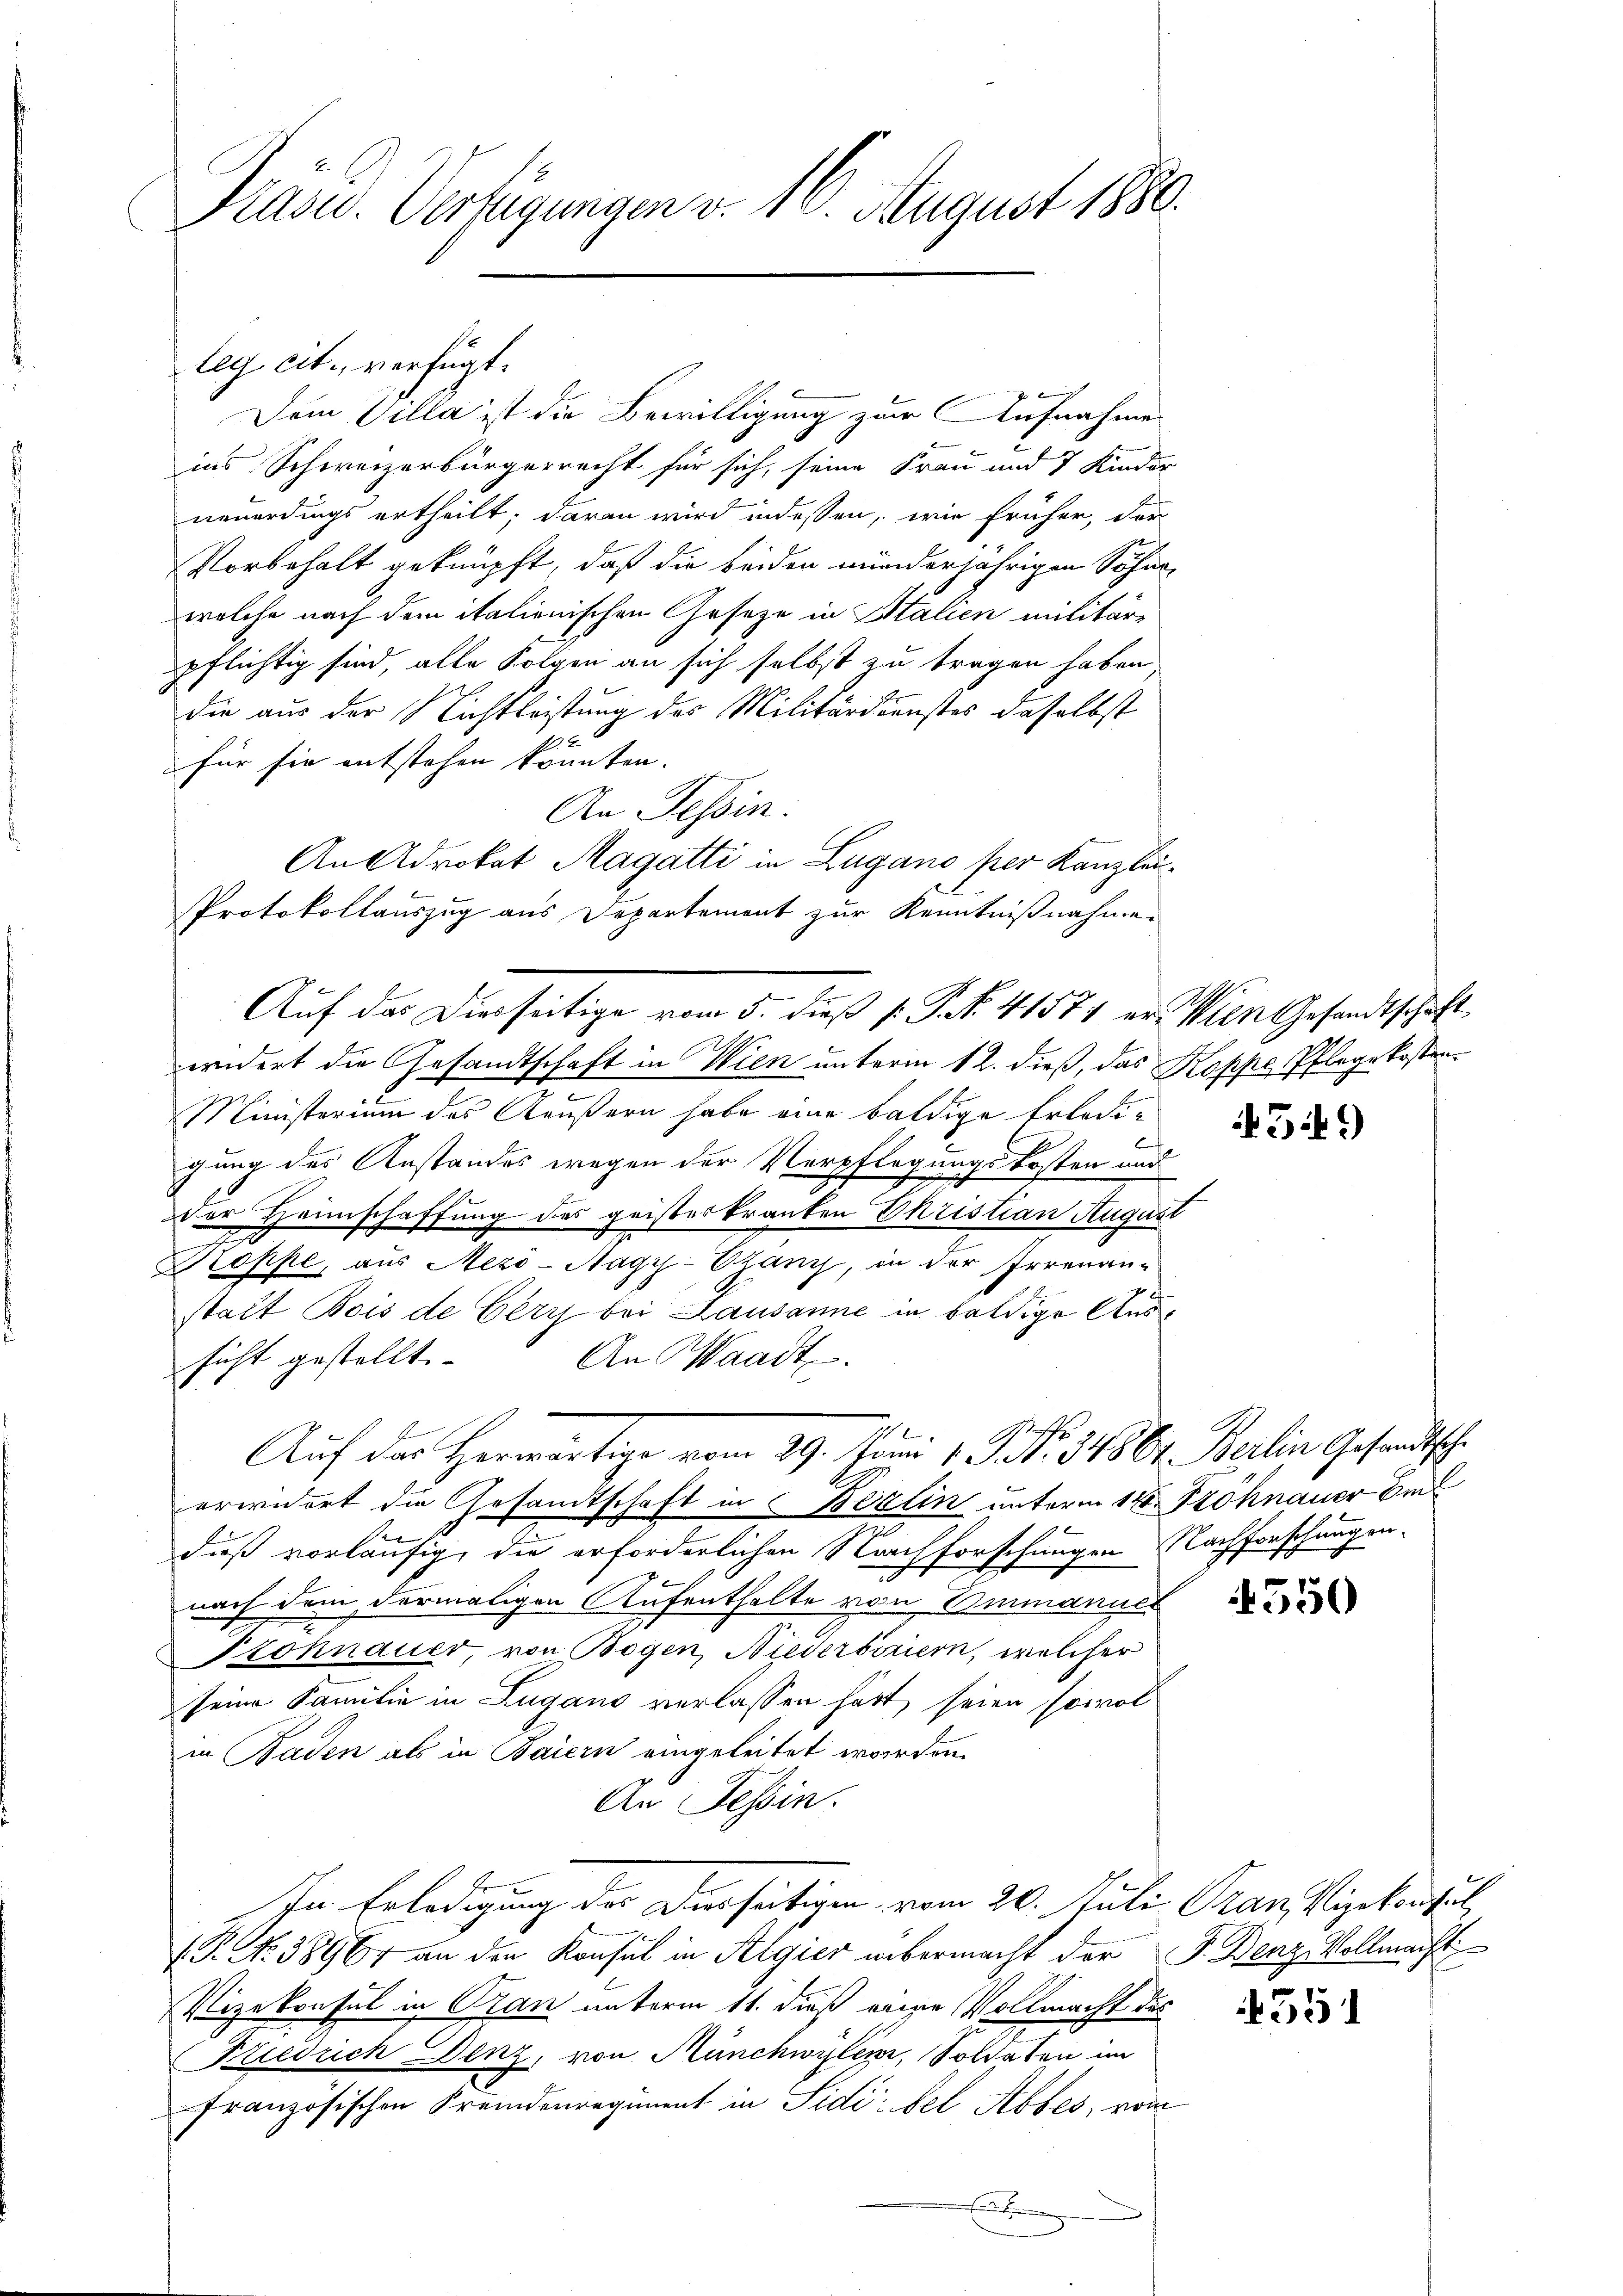
Präsid. Verfügungen v. 16. August 1880.

Dem Villa ist die Bewilligung zur Aufnahmen
ins Schweizerbürgerrecht für sich, seine Frau und 7 Kinder
neuerdings ertheilt; daran wird indessen, wie früher, der
Vorbehalt geknüpft, daß die beiden minderjährigen Söhnewelche nach dem italienischen Gesetze in Stalien militär-
pflichtig sind, alle Folgen an sich selbst zu tragen haben
die aus der Lichtleistung des Militärdienstes daselbst
für sie entstehen könnten.
An Tessin.
An Advokat Magatti in Zugano per Kanzlei¬
Protokollauszug aus Departement zur Kenntnißnahmen
Auf das Diesseitige vom 5. dieß P. No. 41574 er. Wien Gesandtschaft
widert die Gesandtschaft in Wien unterm 12. dieß, das Koppe Pflege kosten¬
Ministerium das Aeußern habe eine baldige Erledigung des Anstandes wegen der Verpflegungskosten und
Der Heimschaffung des geisteskranken Ehristian August
Roppe, aus Mezö-Nagy-Otanz, in der Irrenan-
statt Bois de Cery bei Lausanne in baldige Aus¬
An Waadt.
sicht gestellt. |
Gifte
Auf das Herwärtige vom 29. Juni 1 S. 34861. Berlin Gesandtsche
erwidert die Gesandtschaft in Berlin unterm 12. Fröhnauer Be
e
duß vorläufig, die erforderlichen Nachforschungen Nachforschungennach dem dermaligen Aufenthalte von Emmanner
Szohnauer, von Bogen, Niederbiriern, welcher
seine Familie in Lugano verlassen hatt, seien sowol
in Baden als in Baiern eingeleitet worden.
An Tessin.
In Erledigung des Diesseitigen vom 20. Juli Pran, Vizekonsul
P. Nr. 3896 an den Konsul in Algier übermacht der F. Benz Vollmacht
Vizekonsul in Pran unterm 11. dieß eine Vollmacht des
Friedrich Denz, von Münchwyler, Soldaten im
französischen Fremdenregiment in Sidi: bel Abbes, vom
E

leg, cit., verfügt:

549)

4550

551